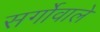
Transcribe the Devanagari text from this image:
सर्गोवाले